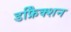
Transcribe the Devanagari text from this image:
डफ्रैिक्शन